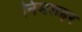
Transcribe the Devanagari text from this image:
निमशहर